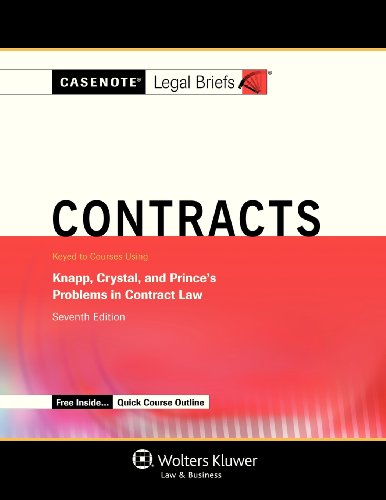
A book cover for Casenotes Legal Briefs: Contracts Keyed to Knapp, Crystal, & Prince Seventh Edition (Casenote Legal Briefs); Casenote Legal Briefs; Law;